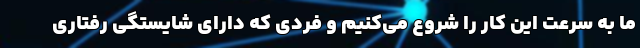
ما به سرعت این کار را شروع می‌کنیم و فردی که دارای شایستگی رفتاری